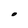
Character: O